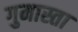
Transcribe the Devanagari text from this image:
गुमास्ता